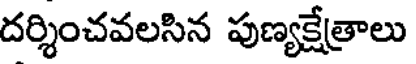
దర్శించవలసిన పుణ్యక్షేత్రాలు